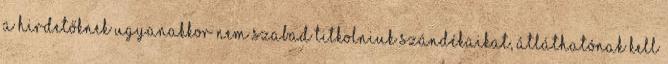
A hirdetőknek ugyanakkor nem szabad titkolniuk szándékaikat, átláthatónak kell